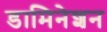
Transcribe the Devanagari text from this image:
डामिनेशन